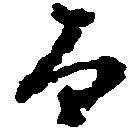
而